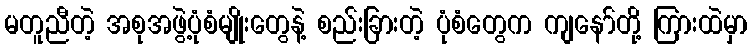
မတူညီတဲ့ အစုအဖွဲ့ပုံစံမျိုးတွေနဲ့ စည်းခြားတဲ့ ပုံစံတွေက ကျနော်တို့ ကြားထဲမှာ